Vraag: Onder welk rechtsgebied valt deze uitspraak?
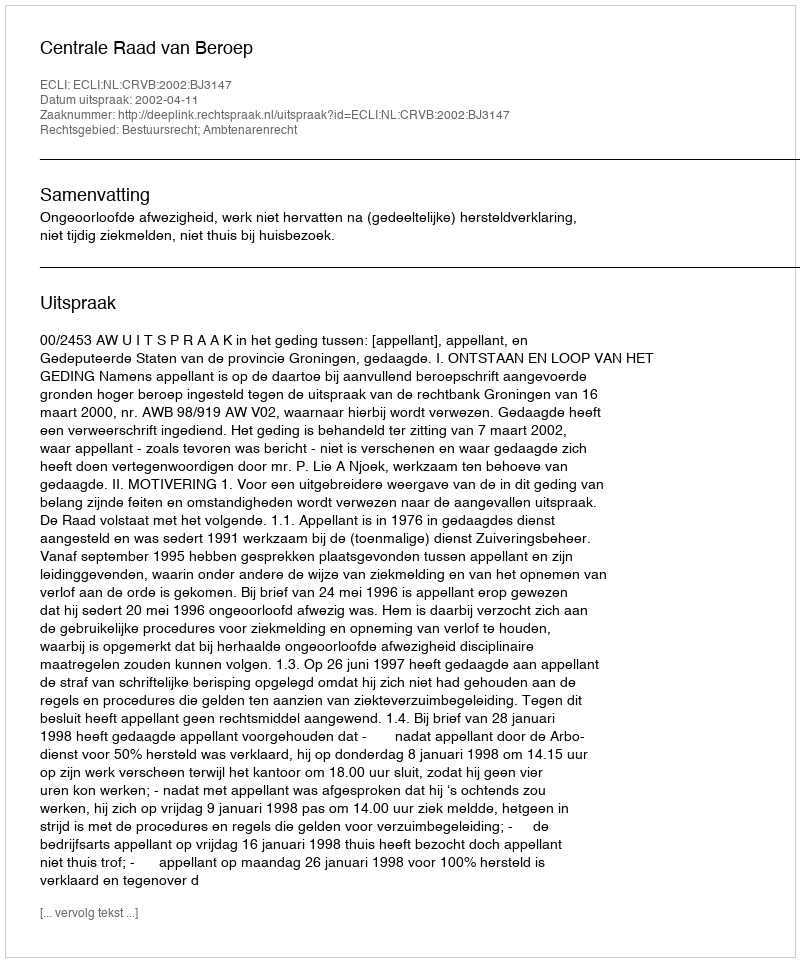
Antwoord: Bestuursrecht; Ambtenarenrecht